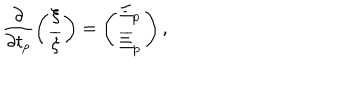
LaTeX: \frac { \partial } { \partial t _ { p } } \left( \begin{array} { c c } { { \xi } } \\ { { { \overline { { \xi } } } } } \\ \end{array} \right) = \left( \begin{array} { c c } { { { \Xi } _ { p } } } \\ { { { \overline { { \Xi } } } _ { p } } } \\ \end{array} \right) ,